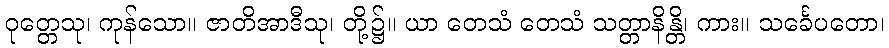
ဝုတ္တေသု၊ ကုန်သော။ ဇာတိအာဒီသု၊ တို့၌။ ယာ တေသံ တေသံ သတ္တာနိန္တိ၊ ကား။ သင်္ခေပတော၊